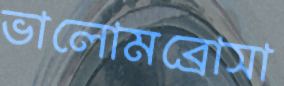
ভালোমব্রোসা